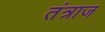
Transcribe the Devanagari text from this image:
तंत्राज